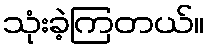
သုံးခဲ့ကြတယ်။